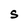
Character: S